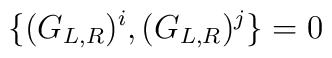
\{(G_{L,R})^{i},(G_{L,R})^{j}\}=0